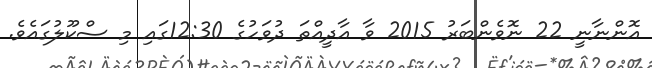
އޮންނާނީ 22 ނޮވެންބަރު 2015 ވާ އާދީއްތަ ދުވަހުގެ 12:30ގައި މި ސްކޫލުގައެވެ.